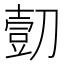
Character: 𰄿